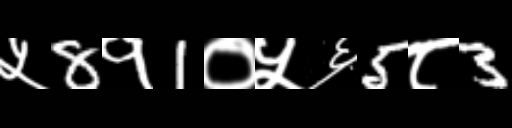
Text: ५8१1०५६5८3